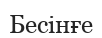
Бесінғе